Vaccination in Burma 1920-1933 - 1920-1933
Year: 1920
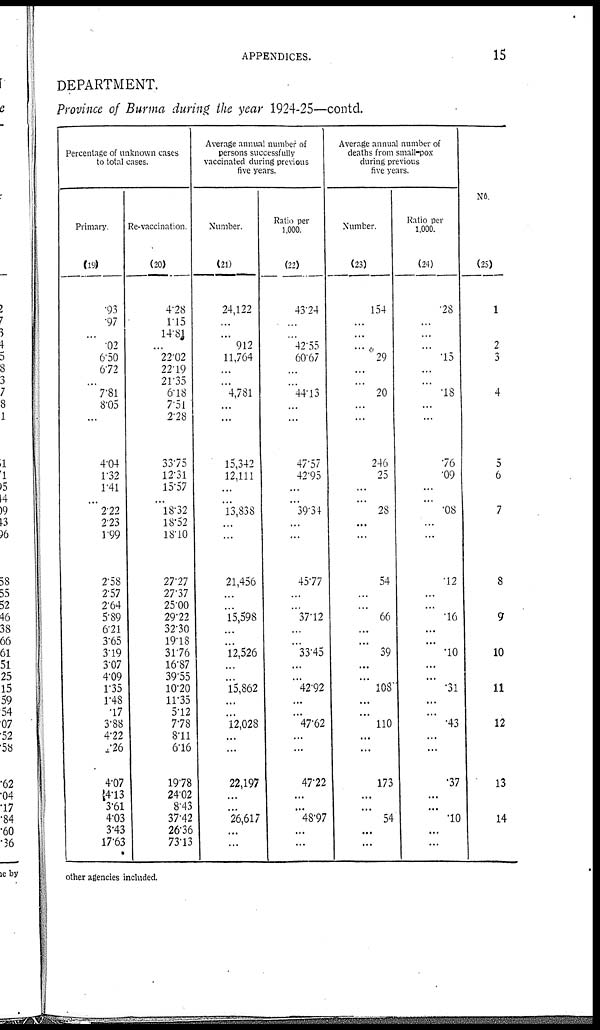
APPENDICES.
15
DEPARTMENT.
Province of Burma during the year 1924-25—contd.
Percentage of unknown cases
to total cases.
Primary.
(19)
.93
.97
...
.02
6.50
6.72
...
7.81
8.05
...
4.04
1.32
1.41
...
222
2.23
1.99
2.58
2.57
2.64
5.89
6.21
3.65
3.19
3.07
4.09
1.35
1.48
.17
3.88
4.22
1.26
4.07
4.13
3.61
4.03
3.43
17.63
Re-vaccination.
(20)
4.28
1.15
14.81
...
22.02
22.19
21.35
6.18
7.51
2.28
33.75
12.31
15.57
...
18.32
18.52
18.10
27.27
27.37
25.00
29.22
32.30
19.18
31.76
16.87
39.55
10.20
11.35
5.12
7.78
8.11
6.16
19.78
24.02
8.43
37.42
26.36
73.13
Average annual number of
persons successfully
vaccinated during previous
five years.
Number.
(21)
24,122
...
...
912
11,764
...
...
4,781
...
...
15,342
12,111
...
...
13,838
...
...
21,456
...
...
15,598
...
...
12,526
...
...
15,862
...
...
12,028
...
...
22,197
...
...
26,617
...
...
Ratio per
1,000.
(22)
43.24
...
...
42.55
60.67
...
...
44.13
...
...
47.57
42.95
...
...
39.34
...
...
45.77
...
...
37.12
...
...
33.45
...
...
42.92
...
...
47.62
...
...
47.22
...
...
48.97
...
...
Average annual number of
deaths from small-pox
during previous
five years.
Number.
(23)
154
...
...
...
29
...
...
20
...
...
246
25
...
...
28
...
...
54
...
...
66
...
...
39
...
...
108
...
...
110
...
...
173
...
...
54
...
...
Ratio per
1,000.
(24)
.28
...
...
...
.15
...
...
.18
...
...
.76
.09
...
...
.08
...
...
.12
...
...
.16
...
...
.10
...
...
.31
...
...
.43
...
...
.37
...
...
.10
...
...
No.
(25)
1
...
...
2
3
...
...
4
...
...
5
6
...
...
7
...
...
8
...
...
9
...
...
10
...
...
11
...
...
12
...
...
13
...
...
14
...
...
other agencies included.